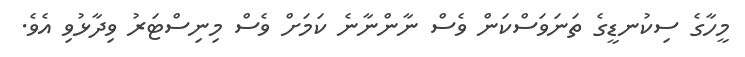
މީހާގެ ސިކުނޑީގެ ތަނަވަސްކަން ވެސް ނާންނާނެ ކަމަށް ވެސް މިނިސްޓަރު ވިދާޅުވި އެވެ.